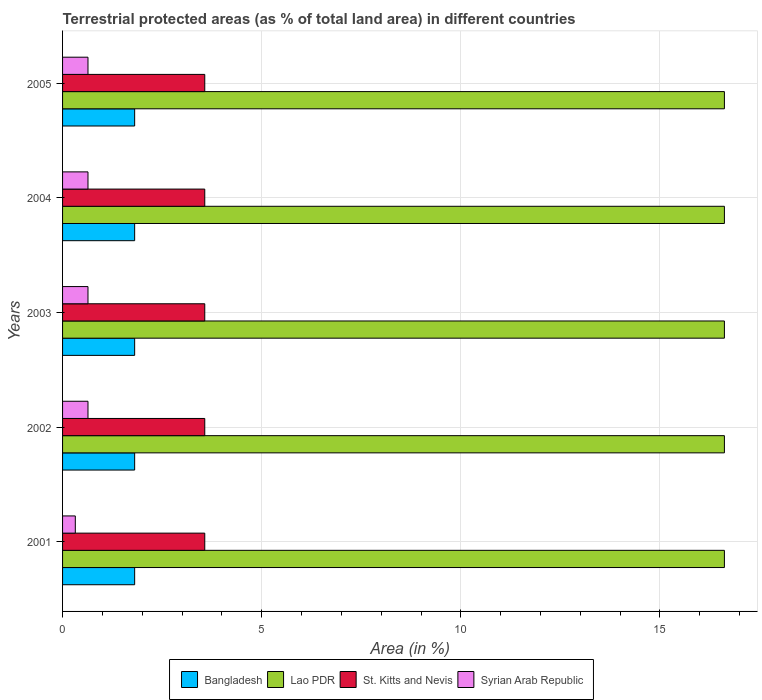
| Years | Bangladesh | Lao PDR | St. Kitts and Nevis | Syrian Arab Republic |
 | --- | --- | --- | --- | --- |
 | 2001 | 1.81 | 16.6 | 3.57 | 0.32 |
 | 2002 | 1.81 | 16.6 | 3.57 | 0.638 |
 | 2003 | 1.81 | 16.6 | 3.57 | 0.638 |
 | 2004 | 1.81 | 16.6 | 3.57 | 0.638 |
 | 2005 | 1.81 | 16.6 | 3.57 | 0.638 |